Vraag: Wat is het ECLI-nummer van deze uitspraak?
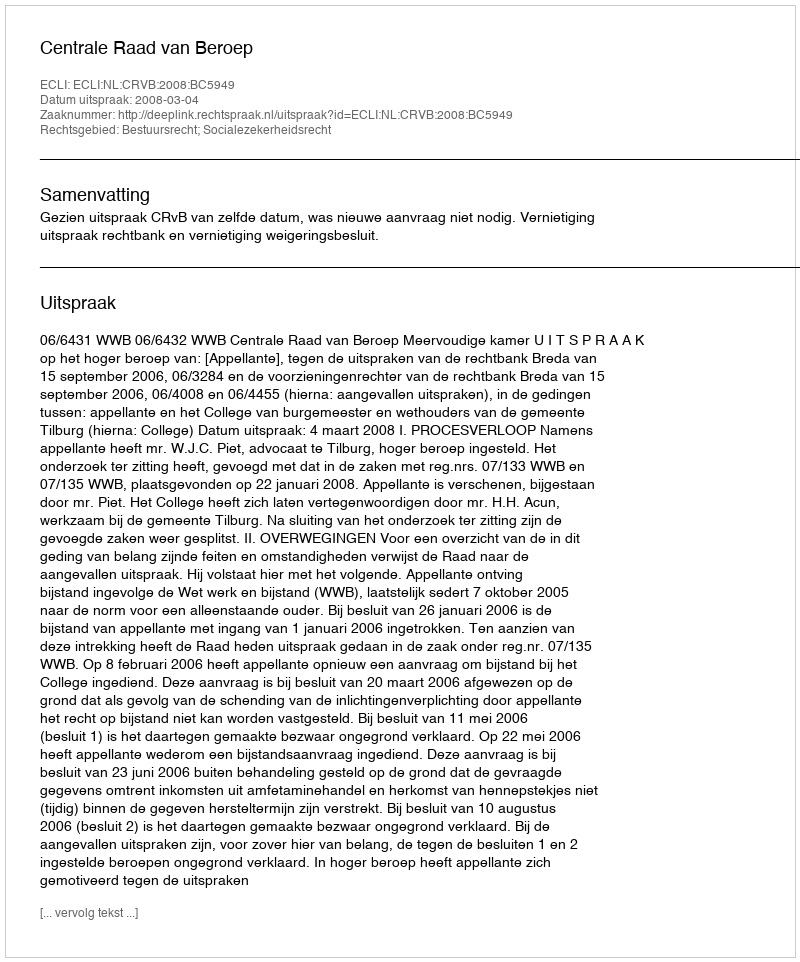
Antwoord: ECLI:NL:CRVB:2008:BC5949